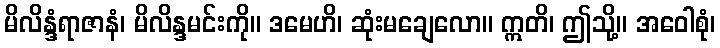
မိလိန္ဒံရာဇာနံ၊ မိလိန္ဒမင်းကို။ ဒမေဟိ၊ ဆုံးမချေလော။ ဣတိ၊ ဤသို့။ အဝေါစုံ၊